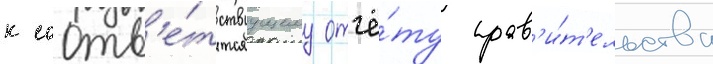
к соотв'е́тствуущему отчё́ту прав'и́т'ельства